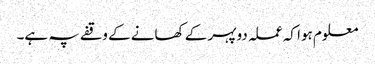
معلوم ہوا کہ عملہ دوپہر کے کھانے کے وقفے پہ ہے۔